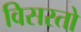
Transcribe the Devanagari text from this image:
विसरतो